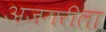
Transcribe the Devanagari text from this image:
अजगरीला